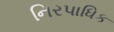
નિરપાધિક